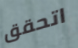
اتحقق